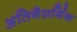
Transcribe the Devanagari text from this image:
अतिनैसर्गिक